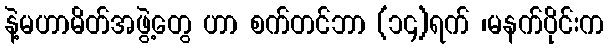
နဲ့မဟာမိတ်အဖွဲ့တွေ ဟာ စက်တင်ဘာ (၁၄)ရက် ၊မနက်ပိုင်းက